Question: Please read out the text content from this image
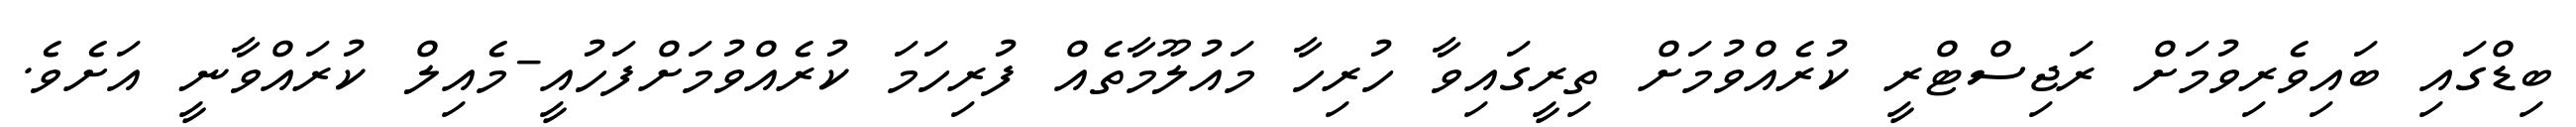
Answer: ބިޑްގައި ބައިވެރިވުމަށް ރަޖިސްޓްރީ ކުރެއްވުމަށް ތިރީގައިވާ ހުރިހާ މައުލޫމާތެއް ފުރިހަމަ ކުރެއްވުމަށްފަހުއީ-މެއިލް ކުރައްވާނީ އަށެވެ.